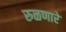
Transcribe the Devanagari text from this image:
रुळणारे